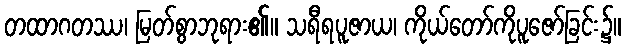
တထာဂတဿ၊ မြတ်စွာဘုရား၏။ သရီရပူဇာယ၊ ကိုယ်တော်ကိုပူဇော်ခြင်း၌။